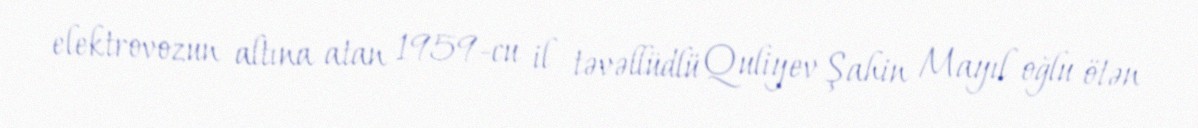
elektrovozun altına atan 1959-cu il təvəllüdlü Quliyev Şahin Mayıl oğlu ötən